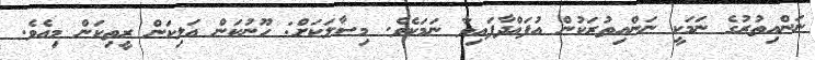
ނަންއިތުރުގެ ނަމަކީ ނަންއިތުރަކުން އުފައްދާފައިވާ ނަމަކެވެ. މިސާލަކަށް: ހޫނުކަން އަލިކަން ރީތިކަން މިއެވެ.